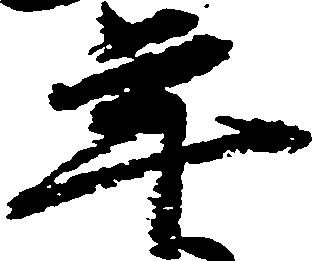
年